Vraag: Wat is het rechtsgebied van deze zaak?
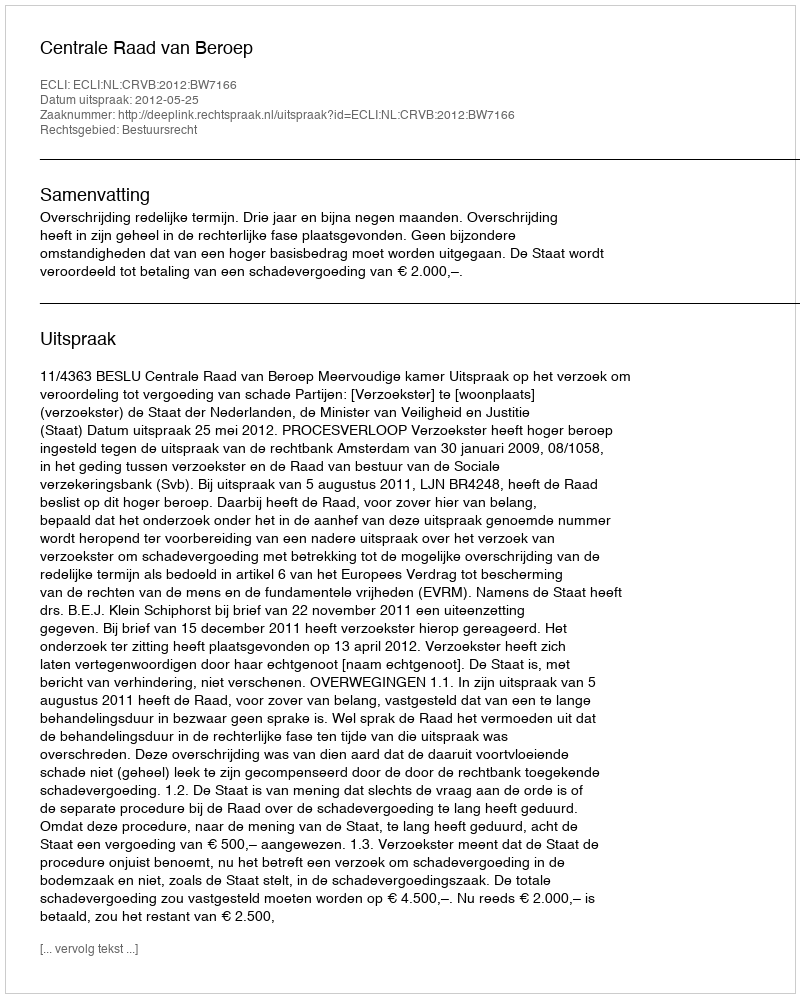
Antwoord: Bestuursrecht